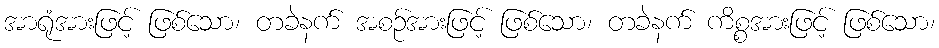
အာရုံအားဖြင့် ဖြစ်သော၊ တခဲနက် အစဉ်အားဖြင့် ဖြစ်သော၊ တခဲနက် ကိစ္စအားဖြင့် ဖြစ်သော၊